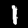
Digit: 1